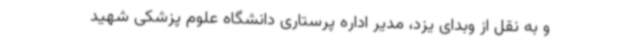
و به نقل از وبدای یزد، مدیر اداره پرستاری دانشگاه علوم پزشکی شهید